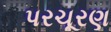
પરચૂરણ